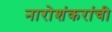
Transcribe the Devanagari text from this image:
नारोशंकरांची